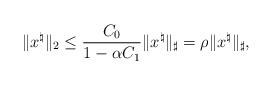
LaTeX: \begin{align*}\|x^\natural\|_2\leq\frac{C_0}{1-\alpha C_1}\|x^\natural\|_\sharp=\rho\|x^\natural\|_\sharp,\end{align*}